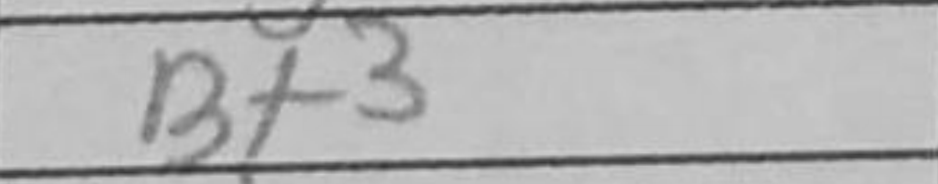
Transcription: Bd5